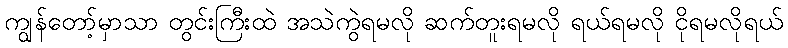
ကျွန်တော့်မှာသာ တွင်းကြီးထဲ အသဲကွဲရမလို ဆက်တူးရမလို ရယ်ရမလို ငိုရမလိုရယ်